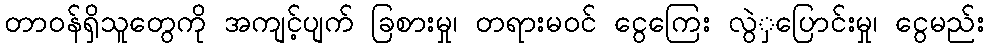
တာဝန်ရှိသူတွေကို အကျင့်ပျက် ခြစားမှု၊ တရားမဝင် ငွေကြေး လွဲှပြောင်းမှု၊ ငွေမည်း